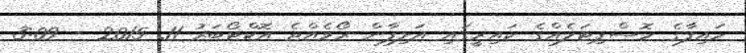
ހައިފާގެ ހޮސްޕިޓަލެއްގެ ކައިރީގައި އަލިފާން ރޯވެއްޖެ އޮކްޓޯބަރު 11